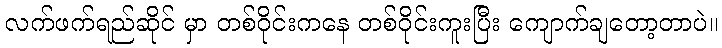
လက်ဖက်ရည်ဆိုင် မှာ တစ်ဝိုင်းကနေ တစ်ဝိုင်းကူးပြီး ကျောက်ချတော့တာပဲ။